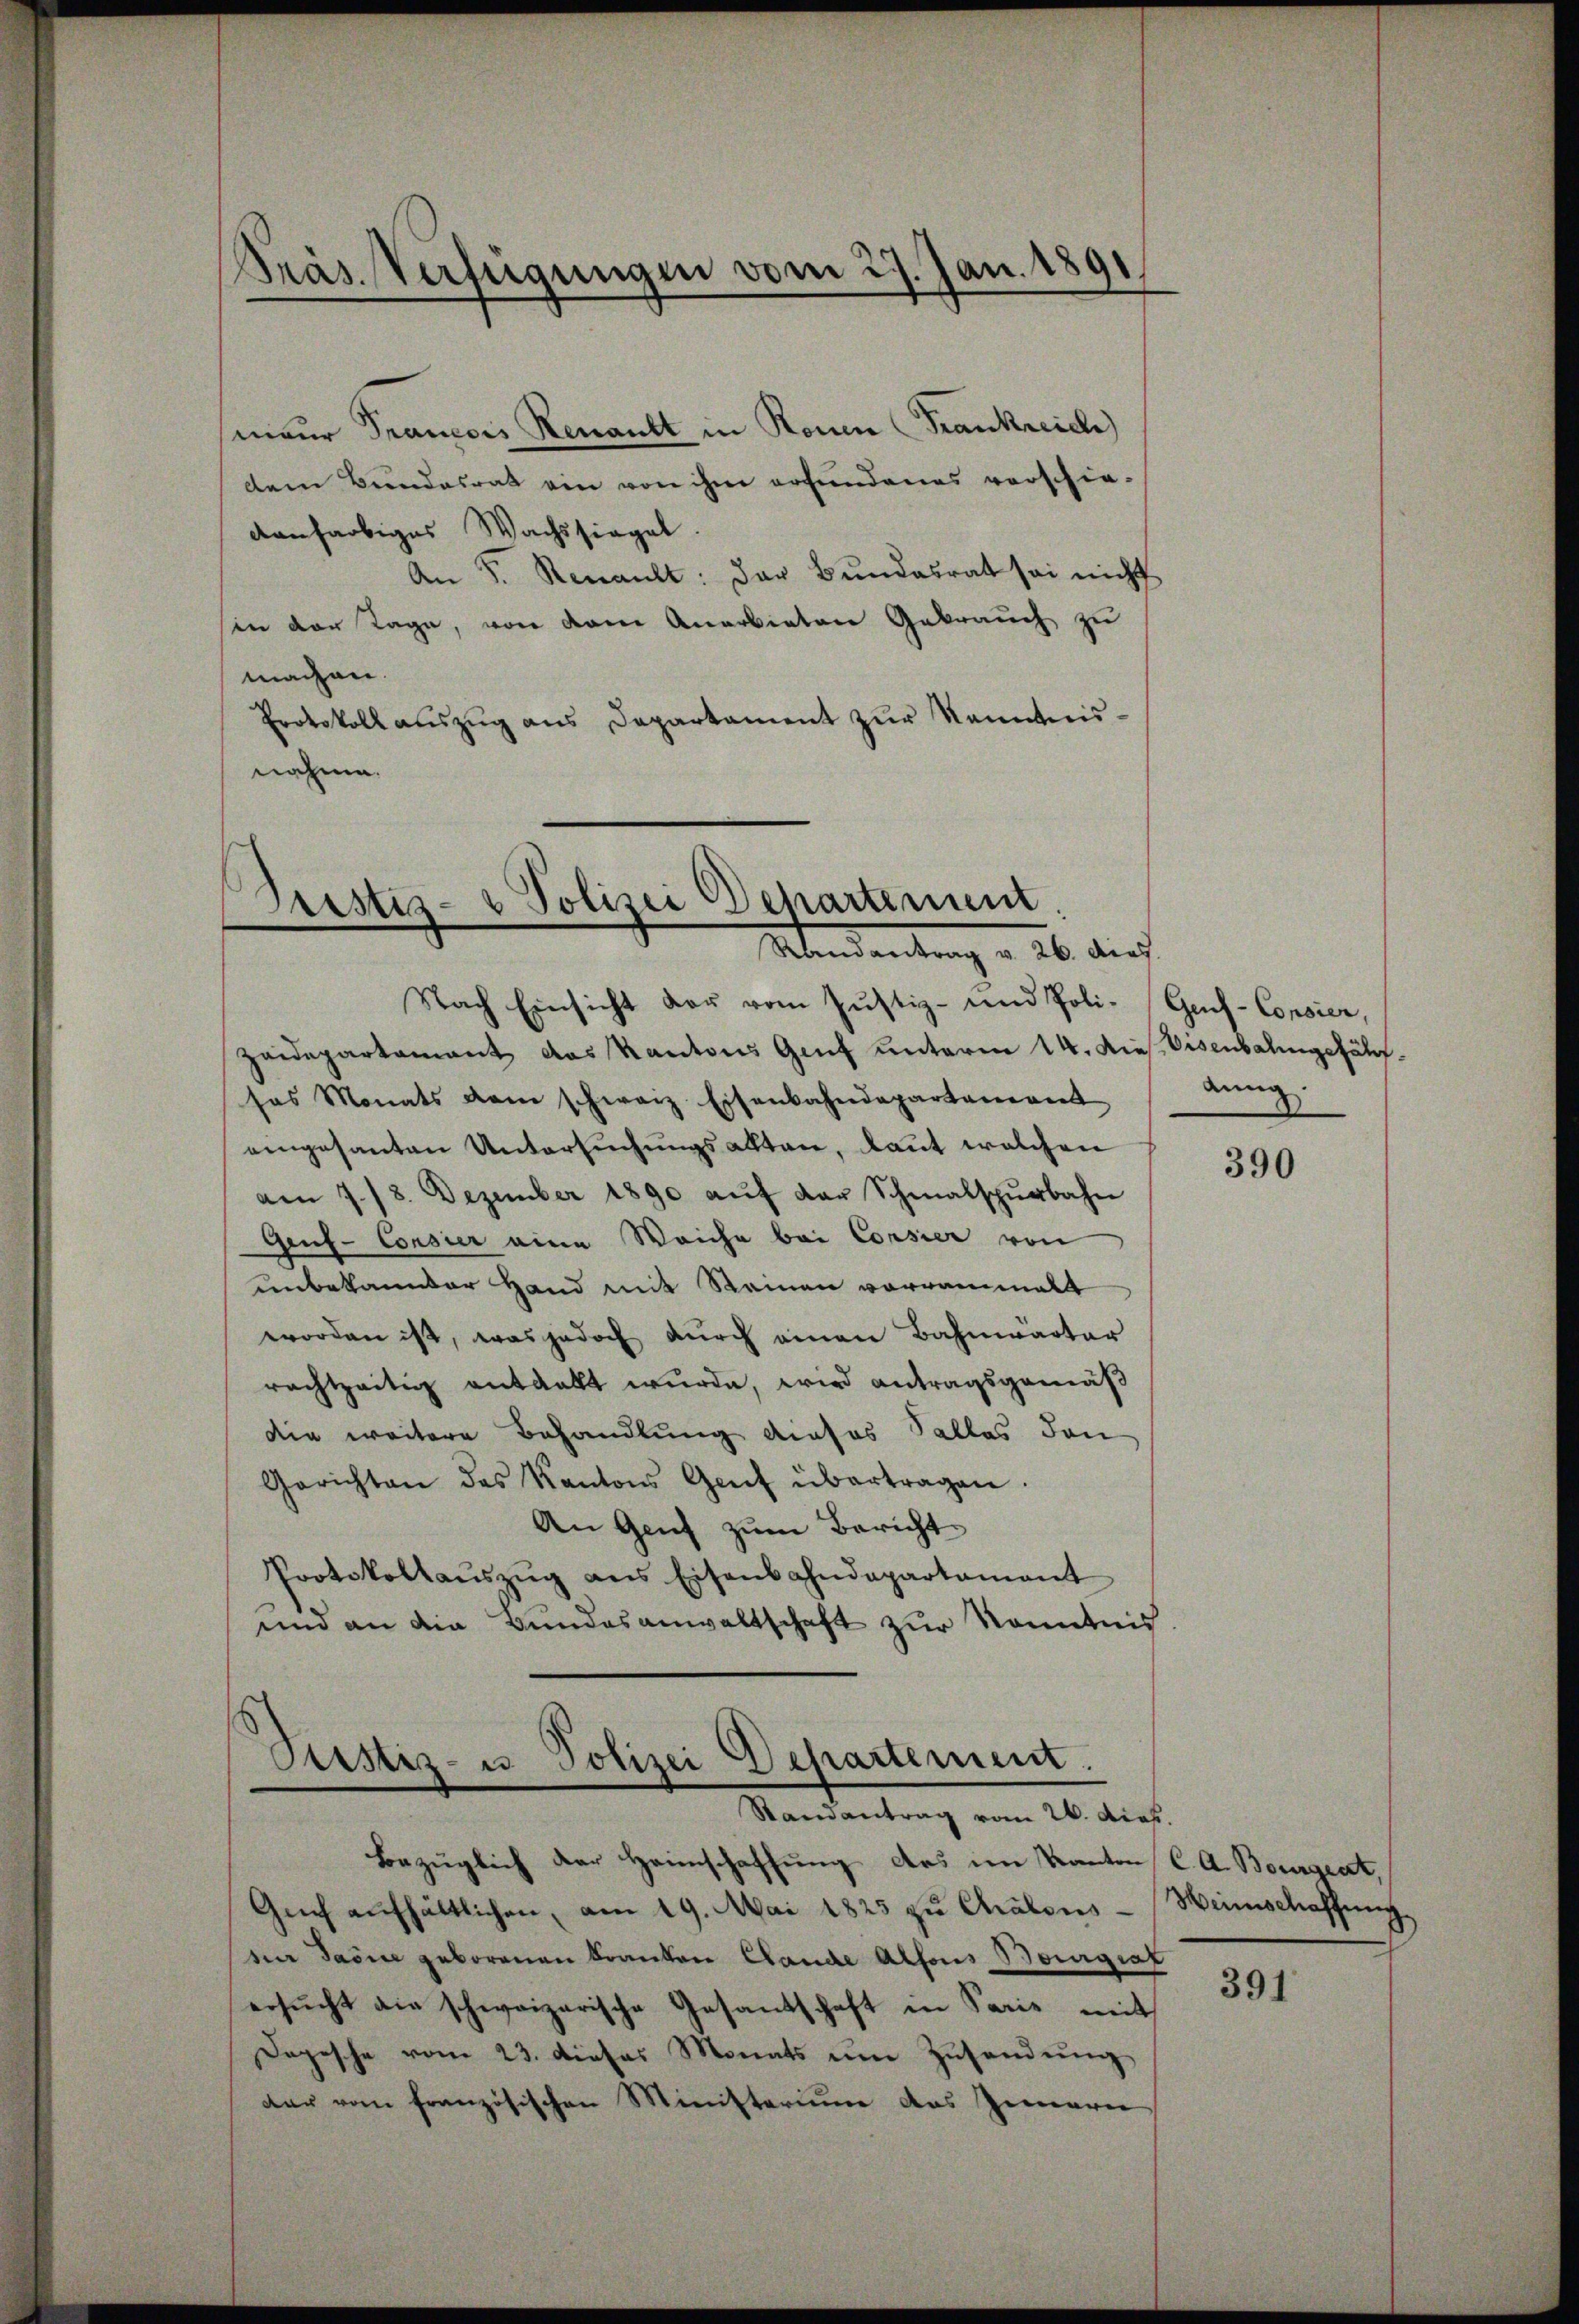
Präs. Verfügungen vom 27. Jan. 1891

sieur Prancois Renant in Ronen (Frankreich
dem Bundesrat ein von ihm erfundenes verschie-
danfarbiges Wachssiegel.
An S. Renault: das Bundesrat sei nicht
sin der Tage, von dem Anerbieten Gebrauch zu
machen.
Protokoll auszug aus Departament zur Kenntnisnahme.

Grestiz- & Polizei Departement
Mandantung v. 26. dich

Nach Einsicht der vom Justiz- und Poli-Gaf-Consier,
Zaudepartamant das Kantons Genf unterm 14. Dies Eisenbahngefährsas Monats dem schweiz. Eisenbahndepartaneren
eingesanten Untersŭchŭngsalten, laut welchen
am 7./8. Dezember 1890 aŭf der Schmalspurbahn
Geuf-Consier eine Weiche bei Corsier von
unbekannter Hand mit Steinen vorraumelt
worden ist, was jedoch durch einen Bahnwärter
rachtzeitig entdeckt wurde, wird antragsgemäß
die weitere Behandlung dieses Falles den
Gerichten des Kantons Genf übertragen.
An Genf zum Bericht
Protokollaŭszŭg ans Eisenbahndepartament
und an die Bundesanwaltschaft zur Kenntnis

Rustiz- u Polizei Departement.
Randantrag vom 26. dies.

dung

Bezüglich der Heimschaffung das im Kanton C. A. Bourgeat,
Gŭf aŭfhältlichen, am 19. Mai 1825 zu Chalons-
vier darine geborenen Kranken Cande Alfons Bourgial
ersŭcht die schweizerische Gesandtschaft in Paris mit
Depesche vom 23. dieses Monats um Zusendung
dar vom französischen Ministerium das Inneren

390

Weinschaffung

391